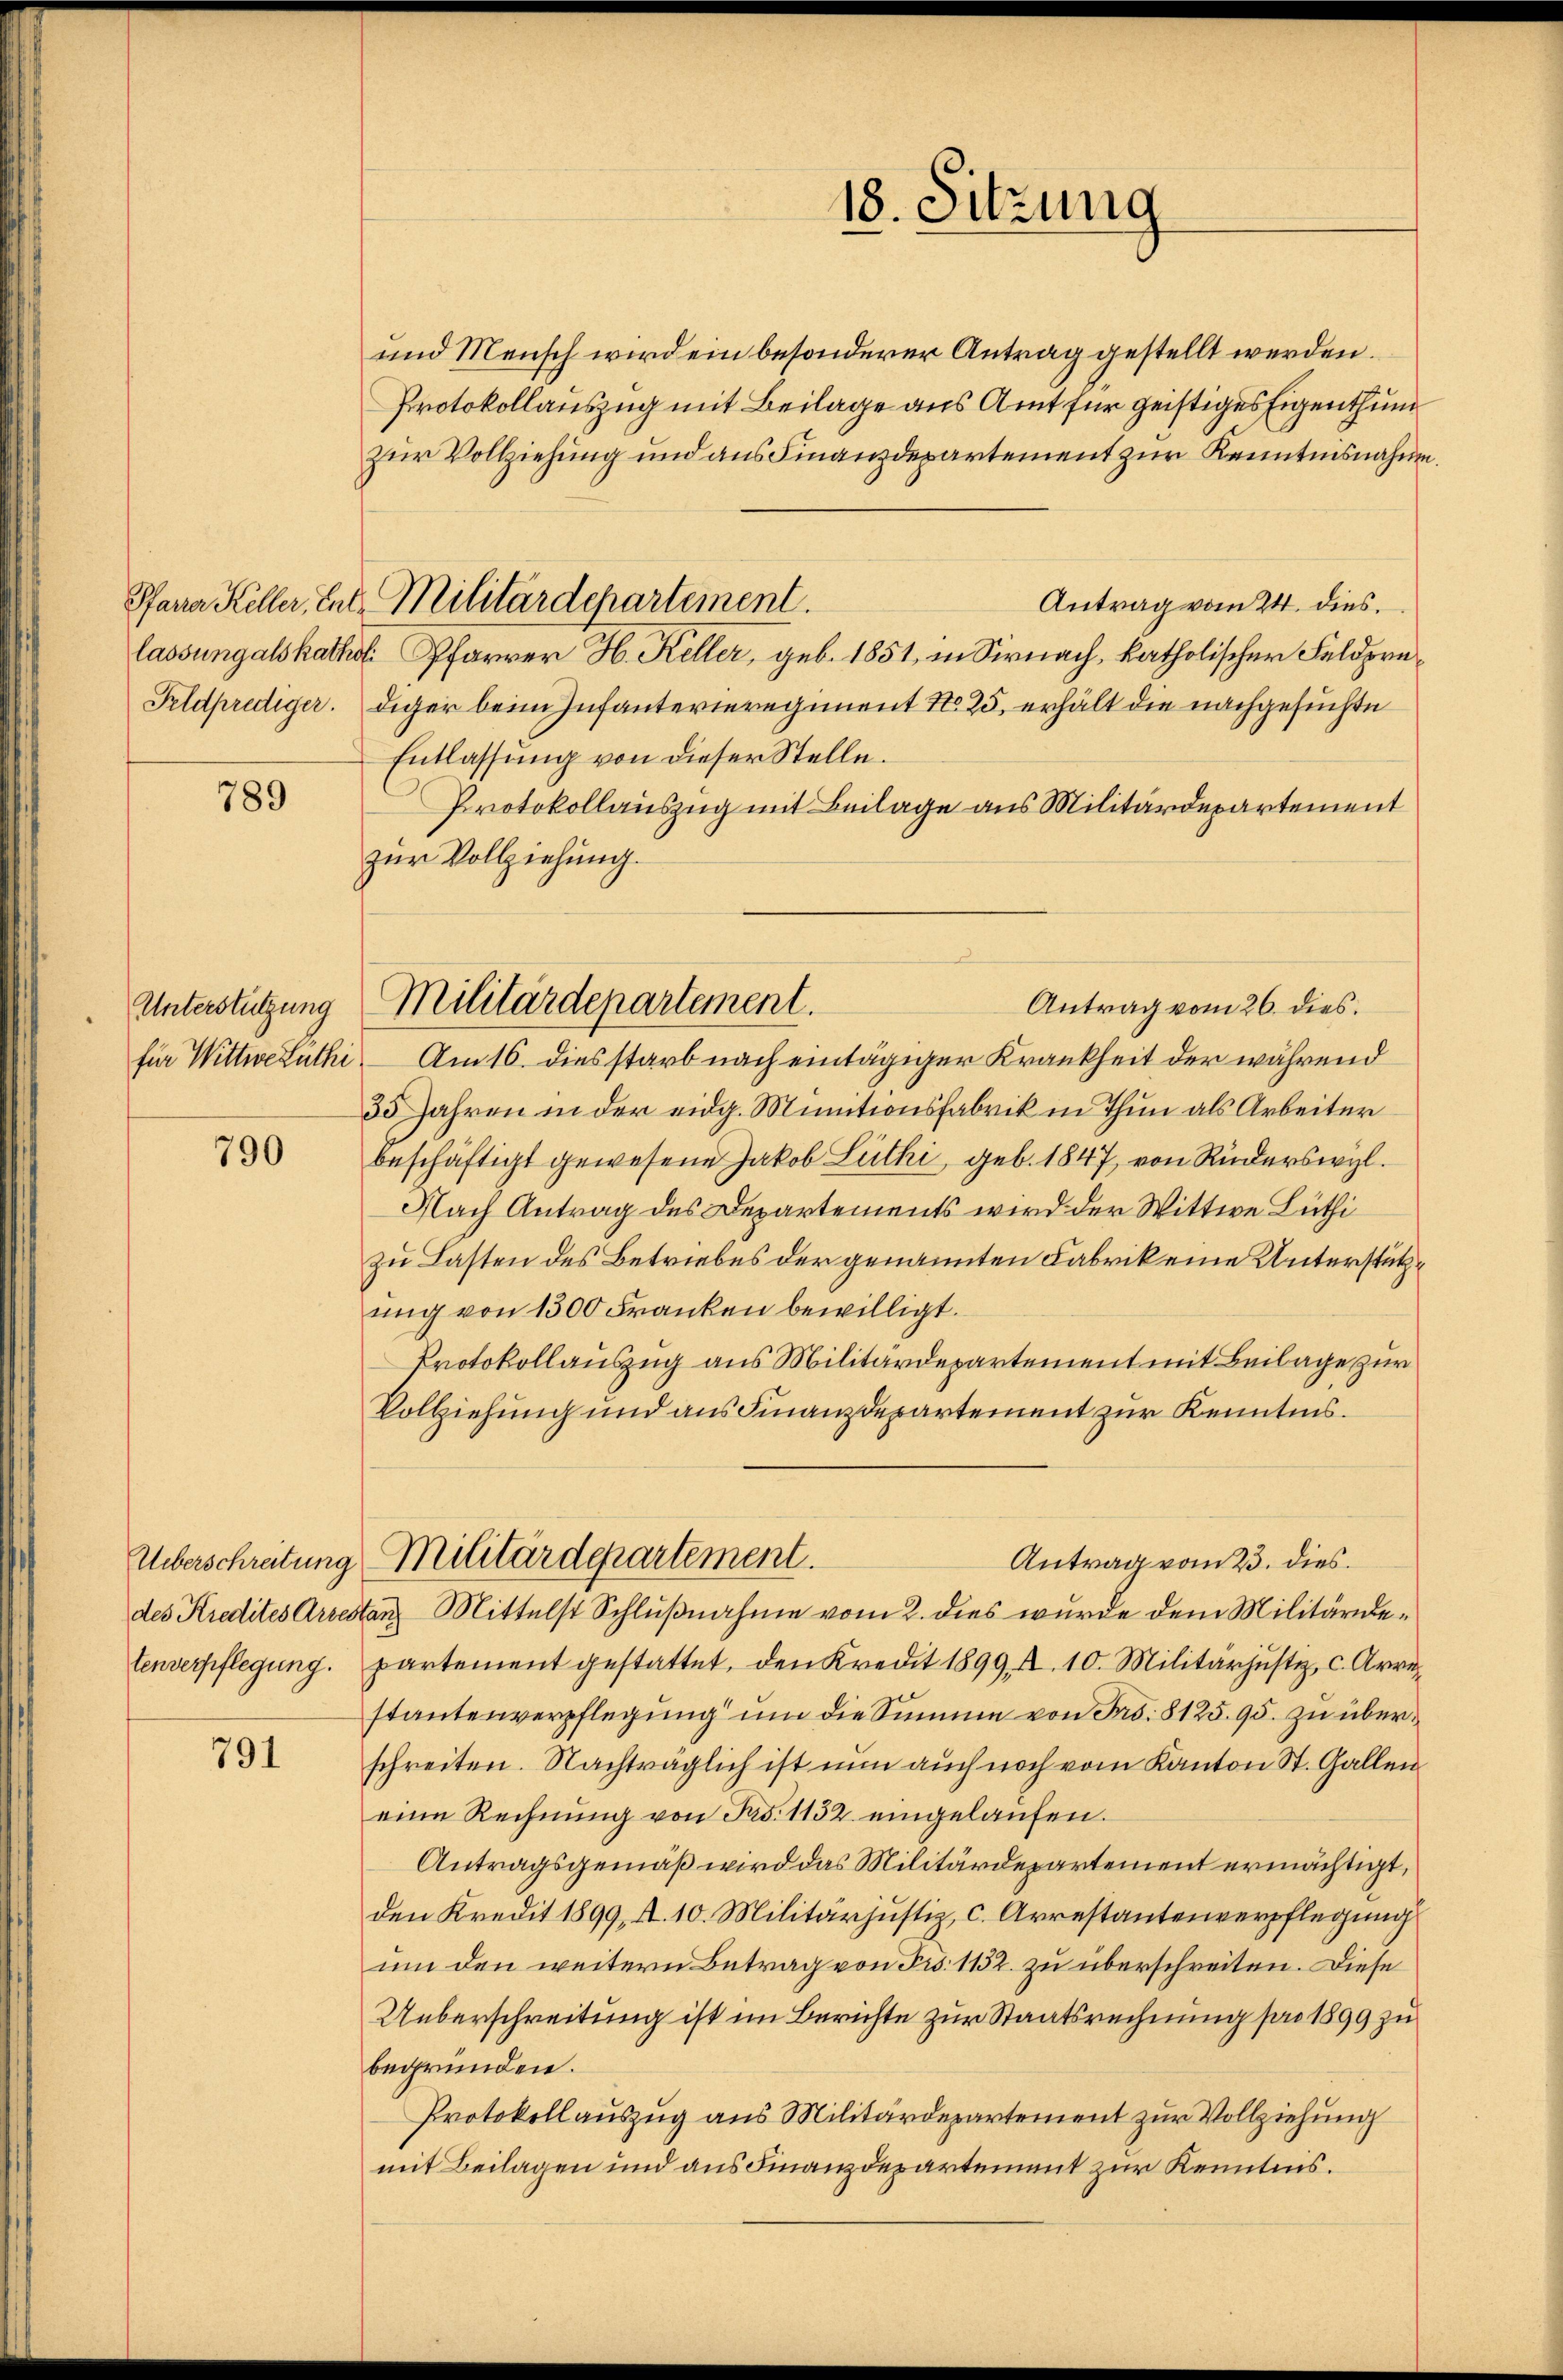
789

Unterstützung
für Wittwe Ruthi

790

Ueberschreitung

791

und Mensch wird ein besonderer Antrag gestellt werden.
Protokollauszug mit Beilage aus Amt für geistiges Eigenthum
zur Vollziehung und aus Finanzdepartement zur Kenntnisnahm
Antrag vom 24. dies.
lassung als kathol. Pfarrer H. Keller, geb. 1851, in Sirnach, katholischer Feldpre¬
Feldprediger. Diger beim Infanterieregiment No 25, erhält die nachgesuchte
Entlassung von dieser Stelle.
Protokollauszug mit Beilage aus Militärdepartement
zur Vollziehung.
Antrag vom 26. dies
Am 16. dies starb nach eintägiger Krankheit der während
35 Jahren in der eidg. Minutionsfabrik in Thun als Arbeiter
beschäftigt gewesene Jakob Luthi, geb. 1847, von Ruderswyl
Nach Antrag des Departements wird der Wittwe Lüthi
zu Lasten des Betriebes der genannten Fabrik eine Unterstützung von 1300 Franken bewilligt.
Protokollauszug aus Militärdepartement mit Beilage zur
Vollziehung und aus Finanzdepartement zur Kenntnis.
Militärdepartement.
Antrag vom 23. dies
des Kredites Arrestanz Mittelst Schlußnahme vom 2. dies wurde dem Militärdetenverpflegung. partement gestattet, den Kredit 1899 Al. 10. Militärjustiz, c. Arrestantenverpflegung um die Summe von Frs. 8125. 95. zu überschreiten. Nachträglich ist nun auch noch vom Kanton St. Gallen
eine Rechnŭng von Frs. 1152. eingelaufen.
Antragsgemäß wird das Militärdepartement ermächtigt,
den Kredit 1899, u. 10. Militärjustiz, c. Arrestantenverpflegung
um den weitern Betrag von Frs. 1132. zu überschreiten. Diese
Ueberschreitung ist im Berichte zur Staatsrechnung pro 1899 zu
begründen.
Protokollauszug aus Militärdepartement zur Vollziehung
mit Beilagen und aus Finanzdepartement zur Kenntnis.

Pfarra Keller, Ent Militärdepartement.

Militärdepartement.

18. Sitzung